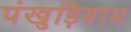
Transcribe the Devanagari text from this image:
पंखुड़ियाम